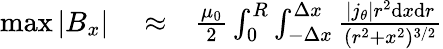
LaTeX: \begin{array}{rlr}{\operatorname*{max}|B_{x}|}&{{}\approx}&{\frac{\mu_{0}}{2}\int_{0}^{R}\int_{-\Delta x}^{\Delta x}\frac{|j_{\theta}|r^{2}\mathrm{d}x\mathrm{d}r}{(r^{2}+x^{2})^{3/2}}}\end{array}